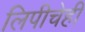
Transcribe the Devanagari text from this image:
लिपीचेही